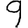
Digit: 9